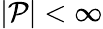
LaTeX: |{\mathcal{P}}|<\infty